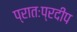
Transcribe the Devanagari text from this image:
प्रातःप्रदीप